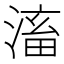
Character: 滀